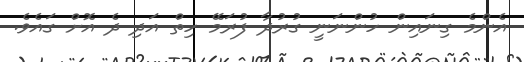
އެންމެ ގިނައިން ހުންނަނީ ގުރުދާ ފުރަމޭ ހިތް އަދި ދެ އޮށް ގައެވެ.